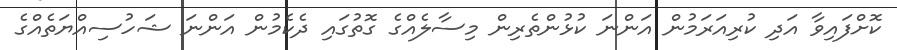
ކޮށްފައިވާ އަދި ކުރިއަރަމުން އަންނަ ކުޅުންތެރިން މިސާލެއްގެ ގޮތުގައި ދެކެމުން އަންނަ ޝަހުސިއްޔަތެއްގެ